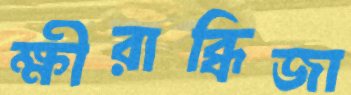
ক্ষীরাব্ধিজা